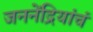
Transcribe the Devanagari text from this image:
जननेंद्रियांचं